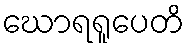
ဃောရရူပေတိ